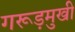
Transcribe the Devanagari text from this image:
गरूड़मुखी